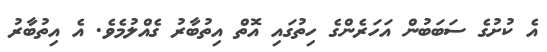
އެ ކުށުގެ ސަބަބުން އަހަރެންގެ ހިތުގައި އޮތް އިތުބާރު ގެއްލުމެވެ. އެ އިތުބާރު